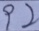
9 2